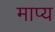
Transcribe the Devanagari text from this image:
माप्य